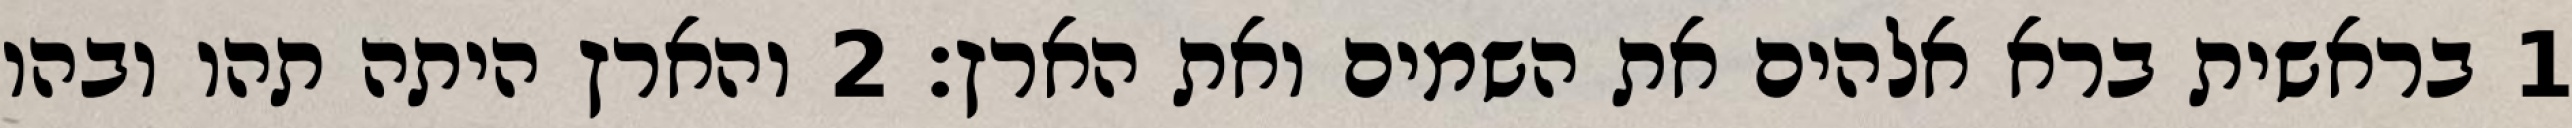
1 בראשית ברא אלהים את השמים ואת הארץ׃ ‎2‏ והארץ היתה תהו ובהו